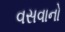
વસવાનો